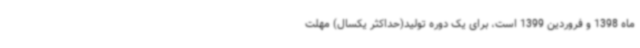
ماه 1398 و فروردین 1399 است، برای یک دوره تولید(حداکثر یکسال) مهلت